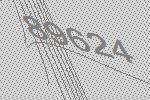
89624